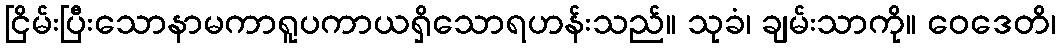
ငြိမ်းပြီးသောနာမကာရူပကာယရှိသောရဟန်းသည်။ သုခံ၊ ချမ်းသာကို။ ဝေဒေတိ၊